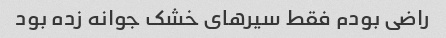
راضی بودم فقط سیرهای خشک جوانه زده بود